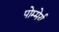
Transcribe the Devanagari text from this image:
पोम्मेर्य